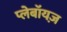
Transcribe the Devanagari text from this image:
प्लेबॉयज़